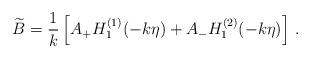
LaTeX: \begin{align*}\widetilde{B} = {1\over k} \left[ A_+ H_1^{(1)}(-k\eta) + A_- H_1^{(2)}(-k\eta) \right] \, .\end{align*}